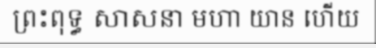
ព្រះពុទ្ធ សាសនា មហា យាន ហើយ